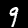
Digit: 9